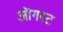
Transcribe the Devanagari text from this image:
ऒगस्ट